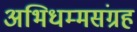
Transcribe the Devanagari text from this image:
अभिधम्मसंग्रह